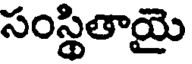
సంస్థితాయై